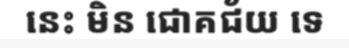
នេះ មិន ជោគជ័យ ទេ